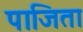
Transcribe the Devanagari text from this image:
पाजिता